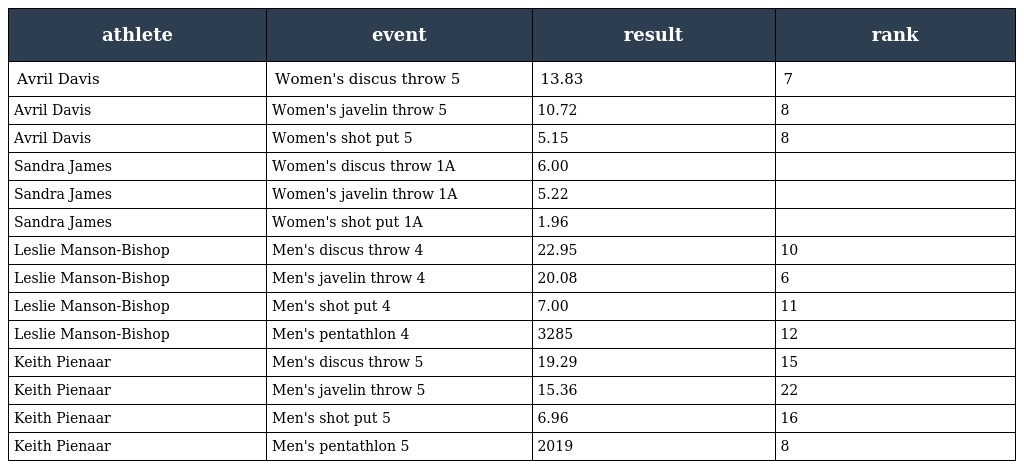
| athlete | event | result | rank |
 | --- | --- | --- | --- |
 | Avril Davis | Women's discus throw 5 | 13.83 | 7 |
 | Avril Davis | Women's javelin throw 5 | 10.72 | 8 |
 | Avril Davis | Women's shot put 5 | 5.15 | 8 |
 | Sandra James | Women's discus throw 1A | 6.00 |  |
 | Sandra James | Women's javelin throw 1A | 5.22 |  |
 | Sandra James | Women's shot put 1A | 1.96 |  |
 | Leslie Manson-Bishop | Men's discus throw 4 | 22.95 | 10 |
 | Leslie Manson-Bishop | Men's javelin throw 4 | 20.08 | 6 |
 | Leslie Manson-Bishop | Men's shot put 4 | 7.00 | 11 |
 | Leslie Manson-Bishop | Men's pentathlon 4 | 3285 | 12 |
 | Keith Pienaar | Men's discus throw 5 | 19.29 | 15 |
 | Keith Pienaar | Men's javelin throw 5 | 15.36 | 22 |
 | Keith Pienaar | Men's shot put 5 | 6.96 | 16 |
 | Keith Pienaar | Men's pentathlon 5 | 2019 | 8 |